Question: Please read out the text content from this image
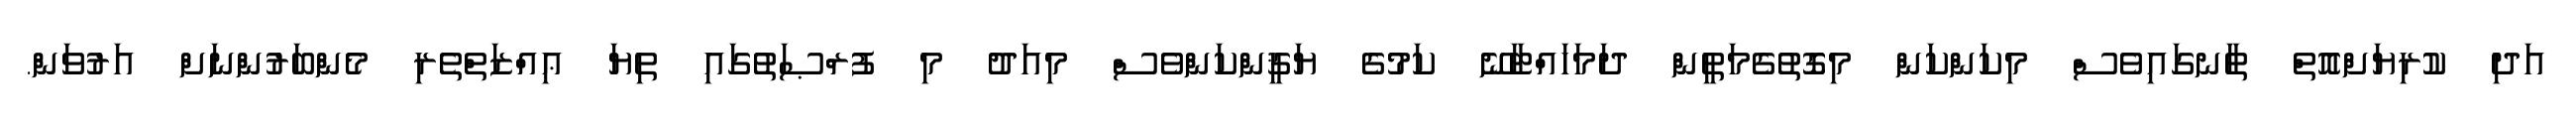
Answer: އަދި ކުރިޔަށްއޮތް ތާނގައިވެސް މިކަންކަން މިގޮތުގެމަތީން ދަމަހައްޓާނޭ ކަމުގެ ޔަޤީންކަންވެސް މިއަދު މި ފުރްޞަތުގައި ތިޔަ ޢިއްޒަތްތެރި މެންބަރުންނަށް އަރުވަން.